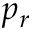
p _ { r }